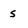
Character: s